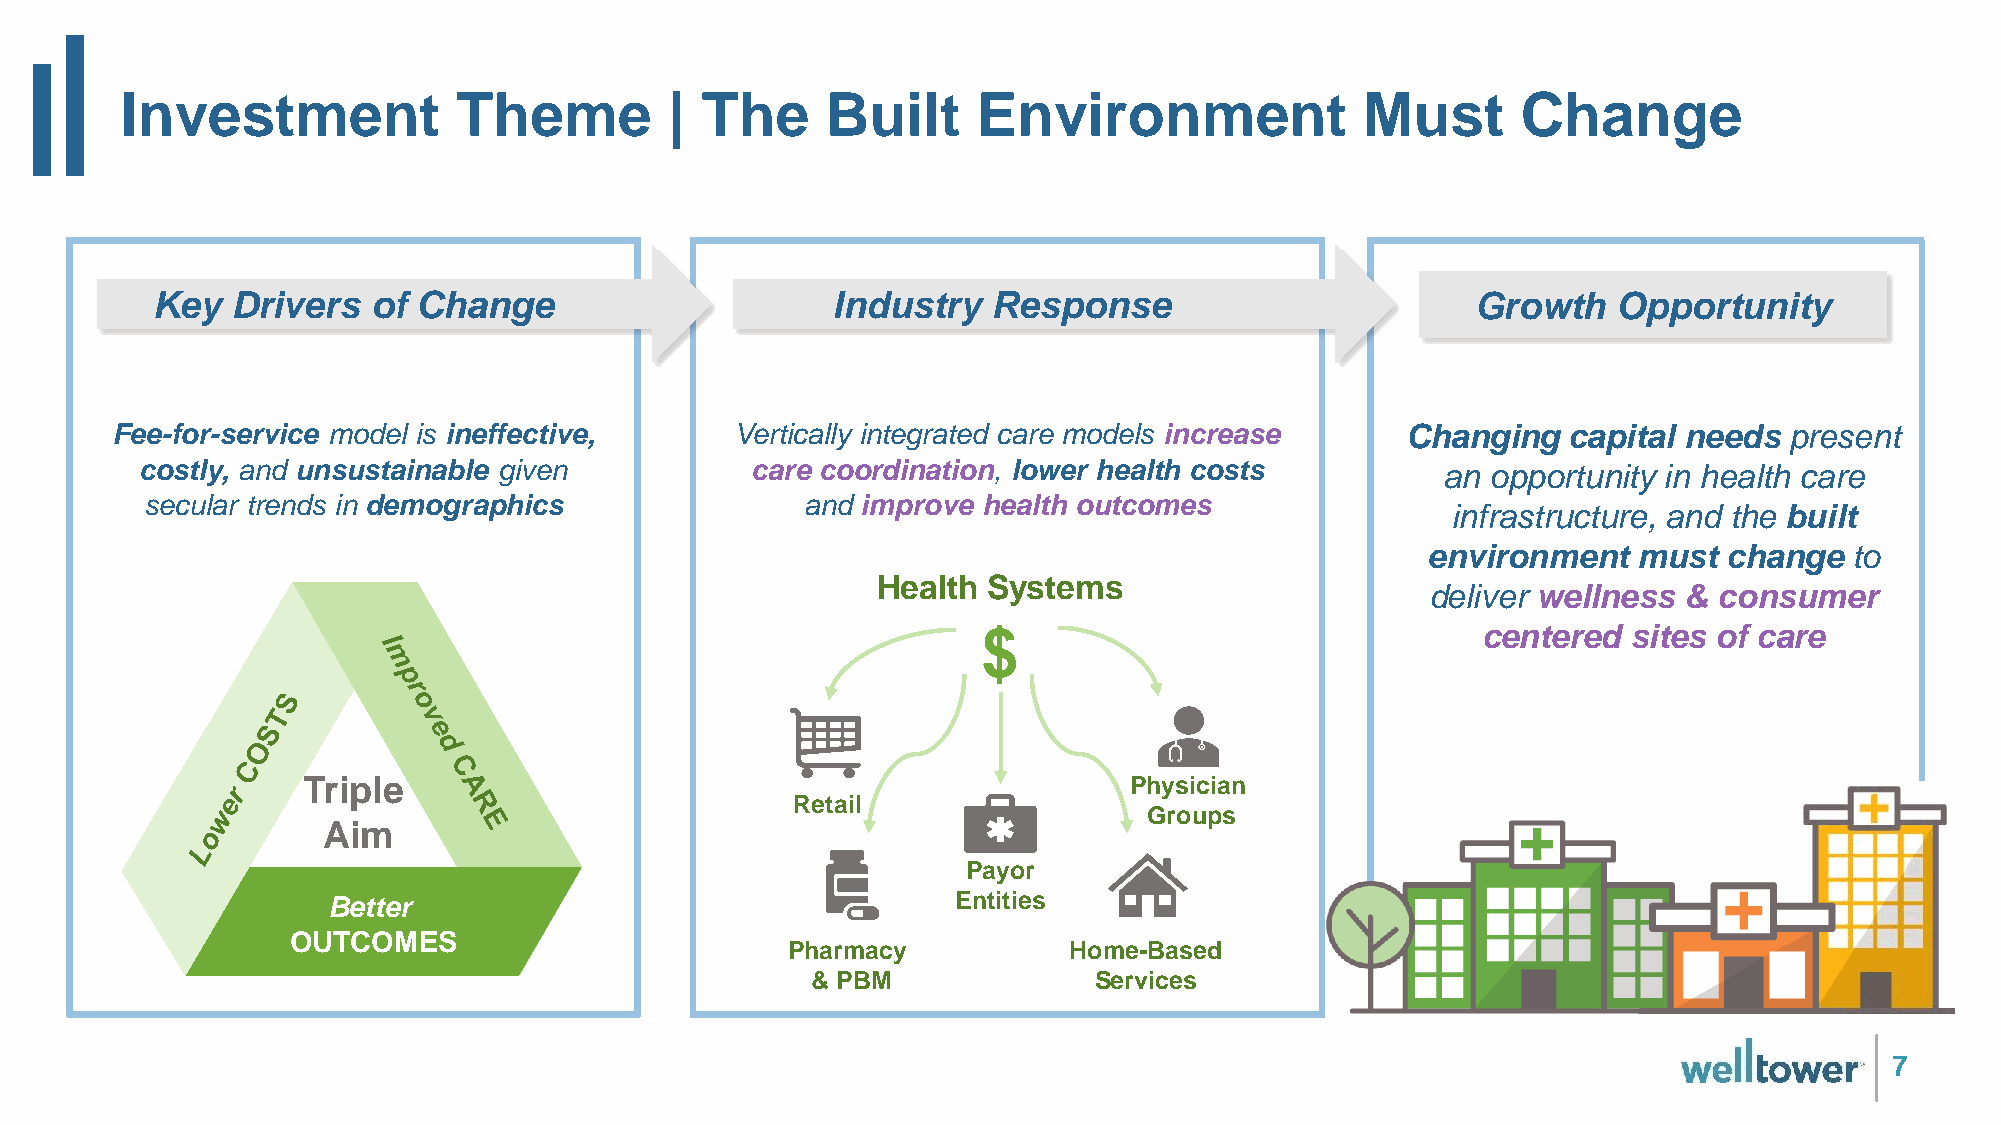
Investment            Theme         | The      Built     Environment              Must       Change
 Key  Drivers   of Change                     Industry   Response                        Growth   Opportunity
 Fee-for-service model is ineffective,     Vertically integrated care models increase  Changing   capital needs present
 costly, and unsustainable given          care coordination, lower health costs         an opportunity in health care
 secular trends in demographics             and improve health outcomes
 infrastructure, and the built
 environment   must  change   to
 Health Systems
 deliver wellness & consumer
 $                                centered  sites of care
 Triple                                                 Physician
 Retail
 Groups
 Aim
 Payor
 Better                                   Entities
 OUTCOMES
 Pharmacy           Home-Based
 & PBM             Services
 7